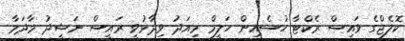
ކޮލެޖްގެ ވައިސް ރެކްޓާ ހުސެއިން ހަލީމް މިއަދު ވިދާޅުވީ ރައީސް ނަޝީދު މާދަމާ